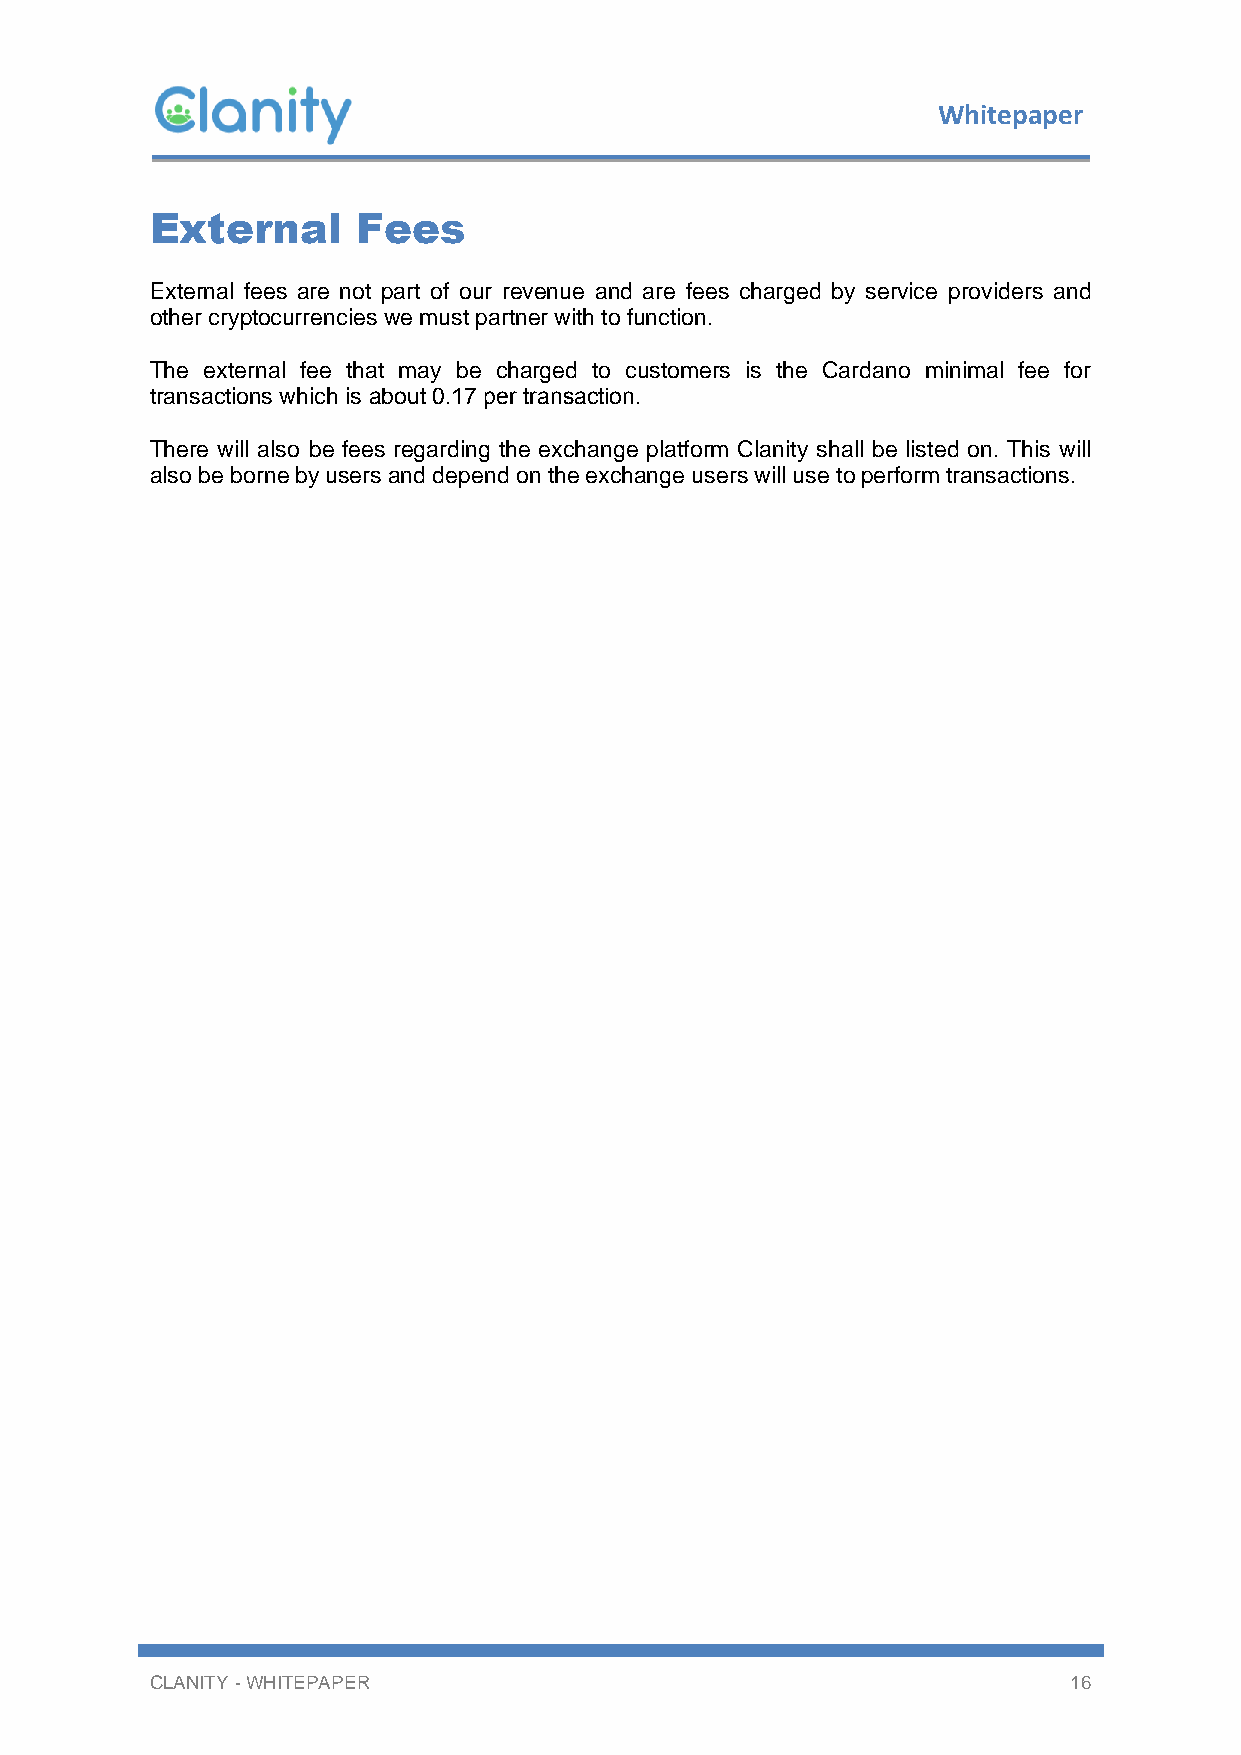
Whitepaper
 External      Fees
 External fees are not part of our revenue and are fees charged by service providers and
 other cryptocurrencies we must partner with to function.
 The external fee that may be charged to customers is the Cardano minimal fee for
 transactions which is $0.17 per transaction.
 There will also be fees regarding the exchange platform Clanity shall be listed on. This will
 also be borne by users and depend on the exchange users will use to perform transactions.
 CLANITY - WHITEPAPER                                         16